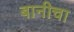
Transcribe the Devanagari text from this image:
बानीचा